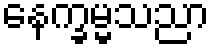
နေက္ခမ္မသညာ